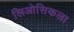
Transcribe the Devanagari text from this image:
लिओसिकला